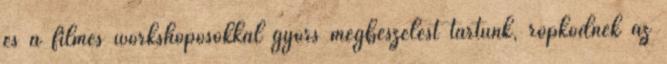
és a filmes workshoposokkal gyors megbeszélést tartunk, röpködnek az